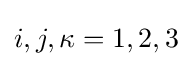
i,j,\kappa =1,2,3